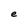
Character: e